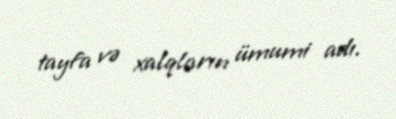
tayfa və xalqların ümumi adı.